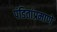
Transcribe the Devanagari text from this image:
पंडितांप्रमाणे